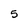
Character: 5